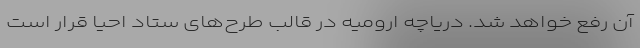
آن رفع خواهد شد. دریاچه ارومیه در قالب طرح‌های ستاد احیا قرار است